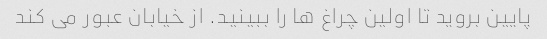
پایین بروید تا اولین چراغ ها را ببینید. از خیابان عبور می کند